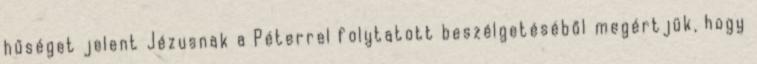
hűséget jelent Jézusnak a Péterrel folytatott beszélgetéséből megértjük, hogy